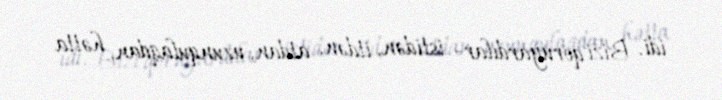
idi. Bizi qoruyardılar- istidən, itdən, atdan, uzunqulaqdan, hətta